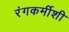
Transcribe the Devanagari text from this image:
रंगकर्मीशी